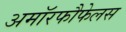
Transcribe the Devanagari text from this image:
अमॉरफौफेलस